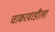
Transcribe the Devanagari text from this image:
चाकरवाडीला